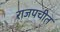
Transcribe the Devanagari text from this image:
राजपचीत